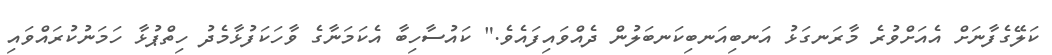
ކަލޭގެފާނަށް އެއަށްވުރެ މާރަނގަޅު އަނބިއަނބިކަނބަލުން ދެއްވައިފައެވެ." ކައުސާހިބާ އެކަމަނާގެ ވާހަކަފުޅާމެދު ހިތްޕުޅާ ހަމަނުކުރައްވައި